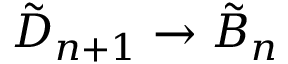
{ \tilde { D } } _ { n + 1 } \to { \tilde { B } } _ { n }